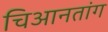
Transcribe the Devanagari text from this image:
चिआनतांग